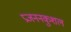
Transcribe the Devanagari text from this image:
प्रजननकुशल